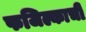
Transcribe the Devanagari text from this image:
फजिल्काची